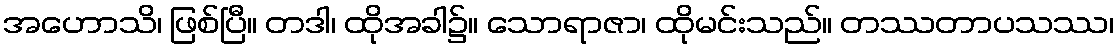
အဟောသိ၊ ဖြစ်ပြီ။ တဒါ၊ ထိုအခါ၌။ သောရာဇာ၊ ထိုမင်းသည်။ တဿတာပသဿ၊